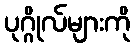
ပုဂ္ဂိုလ်များကို